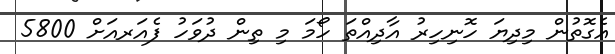
އެގޮތުން މިދިޔަ ހޮނިހިރު އާދިއްތަ ހޯމަ މި ތިން ދުވަހު ފެއަރއަށް 5800